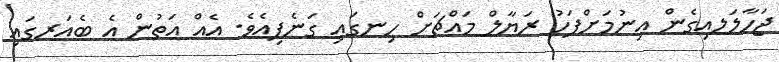
ޖަހާލަލއިގެން އިނުމަށްފަހު ރަޔާލް މައްޗަށް ހިނގައި ގަނެފިއެވެ. އެއް އަތުން އެ ބެއަރގައި